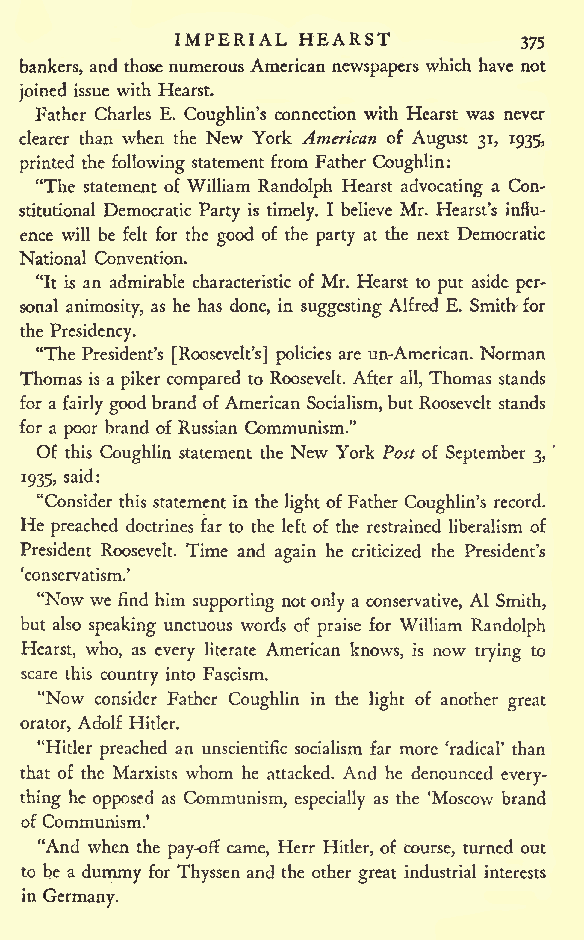
IMPERIAL HEARST
 375
 bankers, and thosenumerous American newspapers which have not
 joined issue with Hearst.
 Father Charles E. Coughlin's connection with Hearst was never
 clearer than when the New York American of August 31, 1935,
 printed the following statement from Father Coughlin:
 "The statement of William Randolph Hearst advocating a Con-
 stitutional Democratic Party is timely. I believe Mr. Hearst's influ-
 ence will be felt for the good of the party at the next Democratic
 National Convention.
 "It is an admirable characteristic of Mr. Hearst to put aside per-
 sonal animosity, as he has done, in suggesting Alfred E. Smith for
 the Presidency.
 "The President's [Roosevelt's] policies are un-American. Norman
 Thomas is a piker compared to Roosevelt. After all, Thomas stands
 for a fairly goodbrand ofAmerican Socialism, but Roosevelt stands
 for a poor brand of Russian Communism."
 Of this Coughlin statement the New York Post of September 3,
 1935, said:
 "Consider this statement in the light ofFather Coughlin's record.
 He
 preached doctrines far to the left of the restrained liberalism of
 President Roosevelt. Time and again he criticized the President's
 'conservatism.'
 "Now we find him supporting notonly a conservative, Al Smith,
 but also speaking unctuous words of praise for William Randolph
 Hearst, who, as every literate American knows, is now trying to
 scare this country into Fascism.
 "Now consider Father Coughlin in the light of another great
 orator, Adolf Hitler.
 "Hitler preached an unscientific socialism far more 'radical' than
 that of the Marxists whom he attacked. And he denounced every-
 thing he opposed as Communism, especially as the 'Moscow brand
 of Communism.'
 "And when the pay-off came, Herr Hitler, of course, turned out
 to be a dummy for Thyssen and the other great industrial interests
 in Germany.